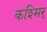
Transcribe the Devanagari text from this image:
कश्मिर्